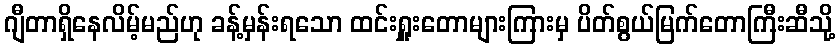
ဂျီတာရှိနေလိမ့်မည်ဟု ခန့်မှန်းရသော ထင်းရှူးတောများကြားမှ ပိတ်စွယ်မြက်တောကြီးဆီသို့